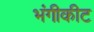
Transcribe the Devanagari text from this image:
भंगीकीट